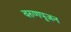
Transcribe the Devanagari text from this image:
वरुणपूजन